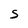
Character: s